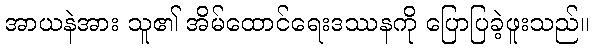
အာယနဲအား သူ၏ အိမ်ထောင်ရေးဒဿနကို ပြောပြခဲ့ဖူးသည်။